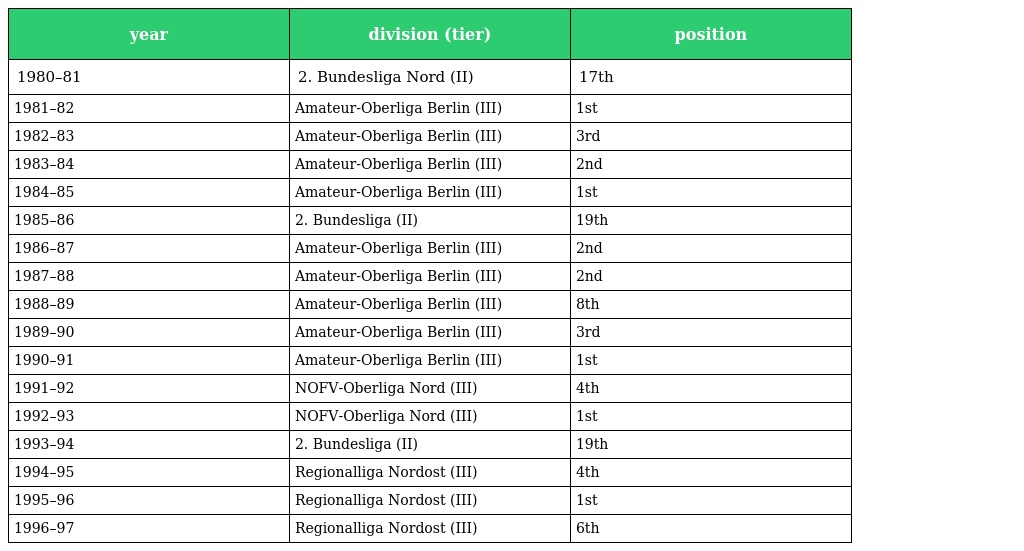
| year | division (tier) | position |
 | --- | --- | --- |
 | 1980–81 | 2. Bundesliga Nord (II) | 17th |
 | 1981–82 | Amateur-Oberliga Berlin (III) | 1st |
 | 1982–83 | Amateur-Oberliga Berlin (III) | 3rd |
 | 1983–84 | Amateur-Oberliga Berlin (III) | 2nd |
 | 1984–85 | Amateur-Oberliga Berlin (III) | 1st |
 | 1985–86 | 2. Bundesliga (II) | 19th |
 | 1986–87 | Amateur-Oberliga Berlin (III) | 2nd |
 | 1987–88 | Amateur-Oberliga Berlin (III) | 2nd |
 | 1988–89 | Amateur-Oberliga Berlin (III) | 8th |
 | 1989–90 | Amateur-Oberliga Berlin (III) | 3rd |
 | 1990–91 | Amateur-Oberliga Berlin (III) | 1st |
 | 1991–92 | NOFV-Oberliga Nord (III) | 4th |
 | 1992–93 | NOFV-Oberliga Nord (III) | 1st |
 | 1993–94 | 2. Bundesliga (II) | 19th |
 | 1994–95 | Regionalliga Nordost (III) | 4th |
 | 1995–96 | Regionalliga Nordost (III) | 1st |
 | 1996–97 | Regionalliga Nordost (III) | 6th |